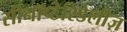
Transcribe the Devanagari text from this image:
सीनॉप्टेरिडेलीज़